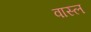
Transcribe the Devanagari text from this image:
वास्ल